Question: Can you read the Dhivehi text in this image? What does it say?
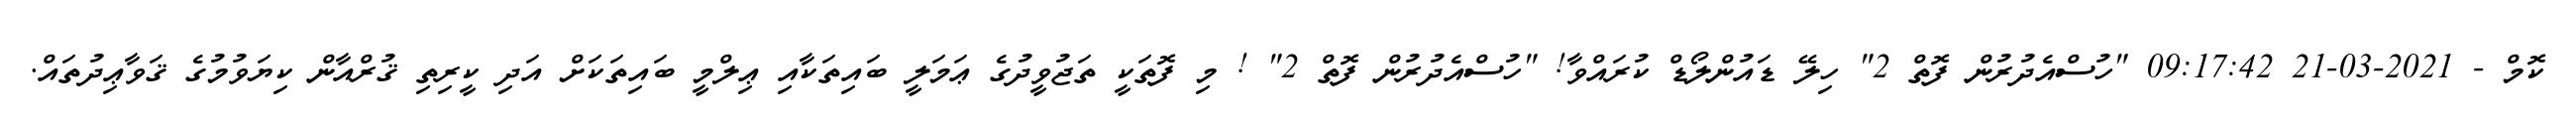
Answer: ކޮމް - 2021-03-21 09:17:42 "ހުސްއެދުރުން ފޮތް 2" ހިލޭ ޑައުންލޯޑް ކުރައްވާ! "ހުސްއެދުރުން ފޮތް 2" ! މި ފޮތަކީ ތަޖުވީދުގެ ޢަމަލީ ބައިތަކާއި ޢިލްމީ ބައިތަކަށް އަދި ކީރިތި ޤުރްއާން ކިޔަވުމުގެ ޤަވާޢިދުތައް.